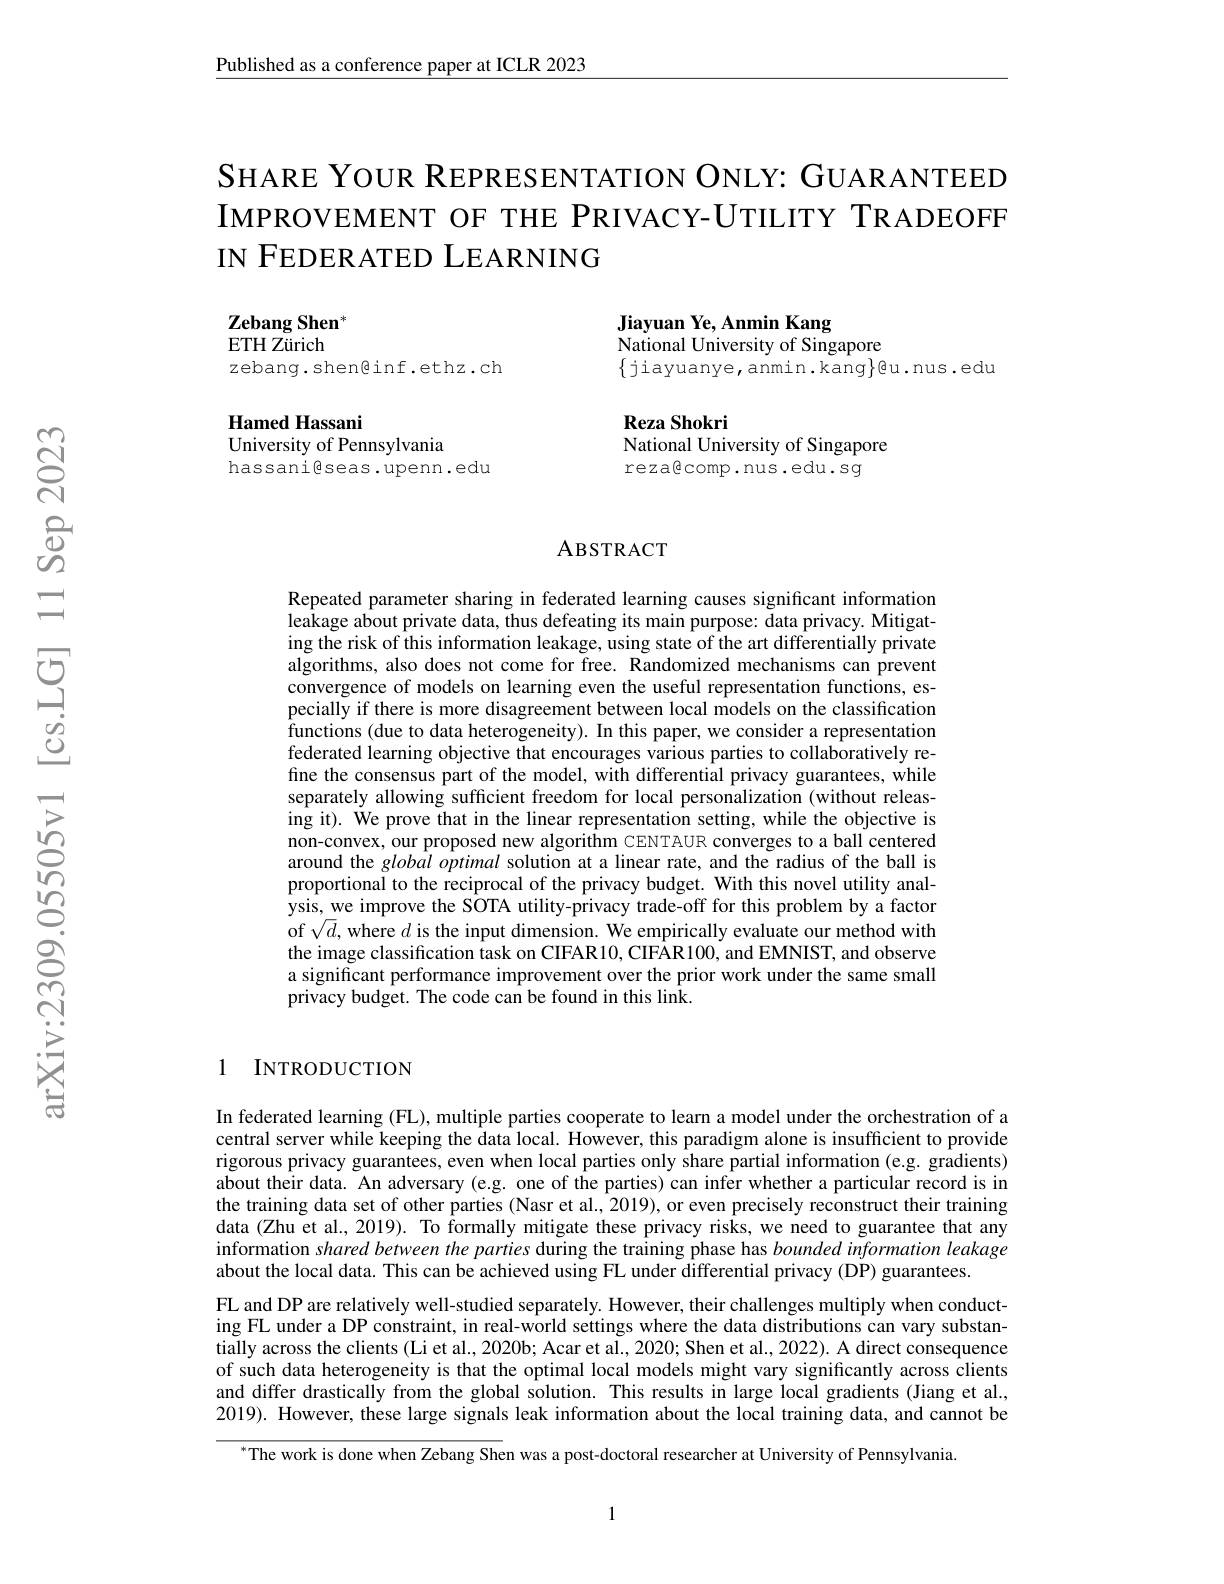
Published as a conference paper at ICLR 2023

SHARE YOUR REPRESENTATION ONLY: GUARANTEED IMPROVEMENT OF THE PRIVACY-UTILITY TRADEOFF IN FEDERATED LEARNING

Jiayuan Ye, Anmin Kang

Zebang Shen$^*$ ETH Z$\" {u}$rich

zebang.shen@inf.ethz.ch

National University of Singapore

$\{$jiayuanye,anmin.kang$\}$@u.nus.edu

Hamed Hassani
University of Pennsylvania
hassanigseas.upenn.edu

Reza Shokri
National University of Singapore
rezagcomp.nus.edu.sg

### ABSTRACT

Repeated parameter sharing in federated learning causes significant information leakage about private data, thus defeating its main purpose: data privacy. Mitigating the risk of this information leakage, using state of the art differentially private algorithms, also does not come for free. Randomized mechanisms can prevent convergence of models on learning even the useful representation functions, especially if there is more disagreement between local models on the classification functions (due to data heterogeneity). In this paper, we consider a representation federated learning objective that encourages various parties to collaboratively refine the consensus part of the model, with differential privacy guarantees, while separately allowing sufficient freedom for local personalization (without releasing it). We prove that in the linear representation setting, while the objective is non-convex, our proposed new algorithm CENTAUR converges to a ball centered around the globâl optimal solution at a linear rate, and the radius of the ball is proportional to the reciprocal of the privacy budget. With this novel utility analysis, we improve the SOTA utility-privacy trade-off for this problem by a factor of $\sqrt{d}$,where $d$ is the input dimension. We empirically evaluate our method with the image classification task on CIFAR10, CIFAR100, and EMNIST, and observe a significant performance improvement over the prior work under the same small privacy budget. The code can be found in this link.

## 1 INTRODUCTION

In federated learning (FL), multiple parties cooperate to learn a model under the orchestration of a central server while keeping the data local. However, this paradigm alone is insufficient to provide rigorous privacy guarantees, even when local parties only share partial information (e.g. gradients) about their data. An adversary (e.g. one of the parties) can infer whether a particular record is in the training data set of other parties (Nasr et al., 2019), or even precisely reconstruct their training data (Zhu et al., 2019). To formally mitigate these privacy risks, we need to guarantee that any information shared between the parties during the training phase has bounded information leakage about the local data. This can be achieved using FL under differential privacy (DP) guarantees.
FL and DP are relatively well-studied separately. However, their challenges multiply when conducting FL under a DP constraint, in real-world settings where the data distributions can vary substantially across the clients (Li et al., 2020b; Acar et al., 2020; Shen et al., 2022). A direct consequence of such data heterogeneity is that the optimal local models might vary significantly across clients and differ drastically from the global solution. This results in large local gradients (Jiang et al., 2019). However, these large signals leak information about the local training data, and cannot be

$^{*}$The work is done when Zebang Shen was a post-doctoral researcher at University of Pennsylvania.

1